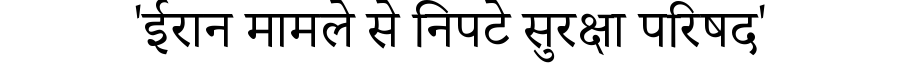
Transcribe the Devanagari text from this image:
'ईरान मामले से निपटे सुरक्षा परिषद'